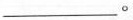
___。